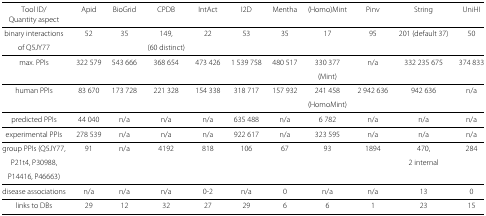
<table><thead><tr><td><b>Tool ID/</b></td><td><b>Apid</b></td><td><b>BioGrid</b></td><td><b>CPDB</b></td><td><b>IntAct</b></td><td><b>I2D</b></td><td><b>Mentha</b></td><td><b>(Homo)Mint</b></td><td><b>Pinv</b></td><td><b>String</b></td><td><b>UniHI</b></td></tr><tr><td><b>Quantity aspect</b></td><td></td><td></td><td></td><td></td><td></td><td></td><td></td><td></td><td></td><td></td></tr></thead><tbody><tr><td>binary interactions</td><td>52</td><td>35</td><td>149,</td><td>22</td><td>53</td><td>35</td><td>17</td><td>95</td><td>201 (default 37)</td><td>50</td></tr><tr><td>of Q5JY77</td><td></td><td></td><td>(60 distinct)</td><td></td><td></td><td></td><td></td><td></td><td></td><td></td></tr><tr><td>max. PPIs</td><td>322 579</td><td>543 666</td><td>368 654</td><td>473 426</td><td>1 539 758</td><td>480 517</td><td>330 377</td><td>n/a</td><td>332 235 675</td><td>374 833</td></tr><tr><td></td><td></td><td></td><td></td><td></td><td></td><td></td><td>(Mint)</td><td></td><td></td><td></td></tr><tr><td>human PPIs</td><td>83 670</td><td>173 728</td><td>221 328</td><td>154 338</td><td>318 717</td><td>157 932</td><td>241 458</td><td>2 942 636</td><td>942 636</td><td>n/a</td></tr><tr><td></td><td></td><td></td><td></td><td></td><td></td><td></td><td>(HomoMint)</td><td></td><td></td><td></td></tr><tr><td>predicted PPIs</td><td>44 040</td><td>n/a</td><td>n/a</td><td>n/a</td><td>635 488</td><td>n/a</td><td>6 782</td><td>n/a</td><td>n/a</td><td>n/a</td></tr><tr><td>experimental PPIs</td><td>278 539</td><td>n/a</td><td>n/a</td><td>n/a</td><td>922 617</td><td>n/a</td><td>323 595</td><td>n/a</td><td>n/a</td><td>n/a</td></tr><tr><td>group PPIs (Q5JY77,</td><td>91</td><td>n/a</td><td>4192</td><td>818</td><td>106</td><td>67</td><td>93</td><td>1894</td><td>470,</td><td>284</td></tr><tr><td>P21t4, P30988,</td><td></td><td></td><td></td><td></td><td></td><td></td><td></td><td></td><td>2 internal</td><td></td></tr><tr><td>P14416, P46663)</td><td></td><td></td><td></td><td></td><td></td><td></td><td></td><td></td><td></td><td></td></tr><tr><td>disease associations</td><td>n/a</td><td>n/a</td><td>n/a</td><td>0-2</td><td>n/a</td><td>0</td><td>n/a</td><td>n/a</td><td>13</td><td>0</td></tr><tr><td>links to DBs</td><td>29</td><td>12</td><td>32</td><td>27</td><td>29</td><td>6</td><td>6</td><td>1</td><td>23</td><td>15</td></tr></tbody></table>